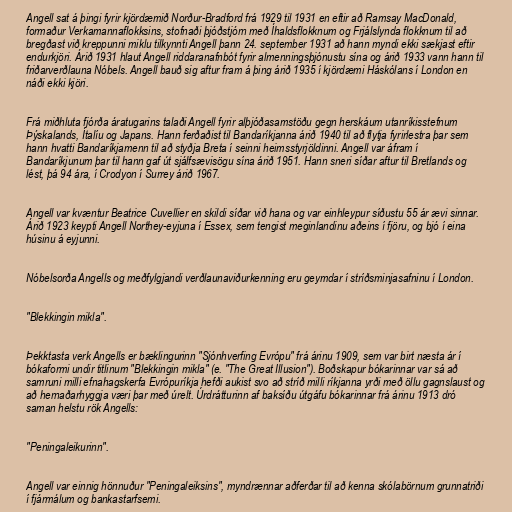
Angell sat á þingi fyrir kjördæmið Norður-Bradford frá 1929 til 1931 en eftir að Ramsay MacDonald,
formaður Verkamannaflokksins, stofnaði þjóðstjórn með Íhaldsflokknum og Frjálslynda flokknum til að
bregðast við kreppunni miklu tilkynnti Angell þann 24. september 1931 að hann myndi ekki sækjast eftir
endurkjöri. Árið 1931 hlaut Angell riddaranafnbót fyrir almenningsþjónustu sína og árið 1933 vann hann til
friðarverðlauna Nóbels. Angell bauð sig aftur fram á þing árið 1935 í kjördæmi Háskólans í London en
náði ekki kjöri.

Frá miðhluta fjórða áratugarins talaði Angell fyrir alþjóðasamstöðu gegn herskáum utanríkisstefnum
Þýskalands, Ítalíu og Japans. Hann ferðaðist til Bandaríkjanna árið 1940 til að flytja fyrirlestra þar sem
hann hvatti Bandaríkjamenn til að styðja Breta í seinni heimsstyrjöldinni. Angell var áfram í
Bandaríkjunum þar til hann gaf út sjálfsævisögu sína árið 1951. Hann sneri síðar aftur til Bretlands og
lést, þá 94 ára, í Crodyon í Surrey árið 1967.

Angell var kvæntur Beatrice Cuvellier en skildi síðar við hana og var einhleypur síðustu 55 ár ævi sinnar.
Árið 1923 keypti Angell Northey-eyjuna í Essex, sem tengist meginlandinu aðeins í fjöru, og bjó í eina
húsinu á eyjunni.

Nóbelsorða Angells og meðfylgjandi verðlaunaviðurkenning eru geymdar í stríðsminjasafninu í London.

"Blekkingin mikla".

Þekktasta verk Angells er bæklingurinn "Sjónhverfing Evrópu" frá árinu 1909, sem var birt næsta ár í
bókaformi undir titlinum "Blekkingin mikla" (e. "The Great Illusion"). Boðskapur bókarinnar var sá að
samruni milli efnahagskerfa Evrópuríkja hefði aukist svo að stríð milli ríkjanna yrði með öllu gagnslaust og
að hernaðarhyggja væri þar með úrelt. Úrdrátturinn af baksíðu útgáfu bókarinnar frá árinu 1913 dró
saman helstu rök Angells:

"Peningaleikurinn".

Angell var einnig hönnuður "Peningaleiksins", myndrænnar aðferðar til að kenna skólabörnum grunnatriði
í fjármálum og bankastarfsemi.